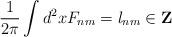
LaTeX: \begin{align*}\frac1{2\pi}\int d^2x F_{nm} = l_{nm} \in {\bf Z}\end{align*}